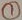
Text: 1